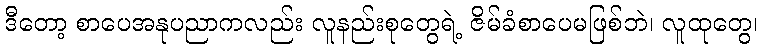
ဒီတော့ စာပေအနုပညာကလည်း လူနည်းစုတွေရဲ့ ဇိမ်ခံစာပေမဖြစ်ဘဲ၊ လူထုတွေ၊